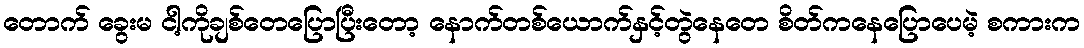
တောက် ခွေးမ ငါ့ကိုချစ်တေပြောပြီးတော့ နောက်တစ်ယောက်နှင့်တွဲနေတေ စိတ်ကနေပြောပေမဲ့ စကားက